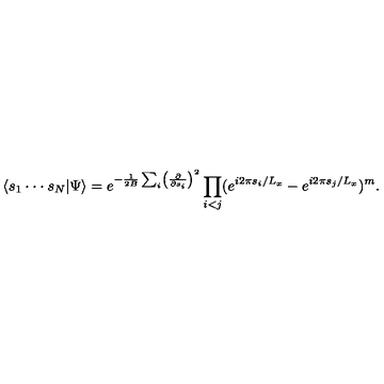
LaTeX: \langle s _ { 1 } \cdot \cdot \cdot s _ { N } | \Psi \rangle = e ^ { - { \frac { 1 } { 2 B } } \sum _ { i } \left( { \frac { \partial } { \partial s _ { i } } } \right) ^ { 2 } } \prod _ { i < j } ( e ^ { i 2 \pi s _ { i } / L _ { x } } - e ^ { i 2 \pi s _ { j } / L _ { x } } ) ^ { m } .